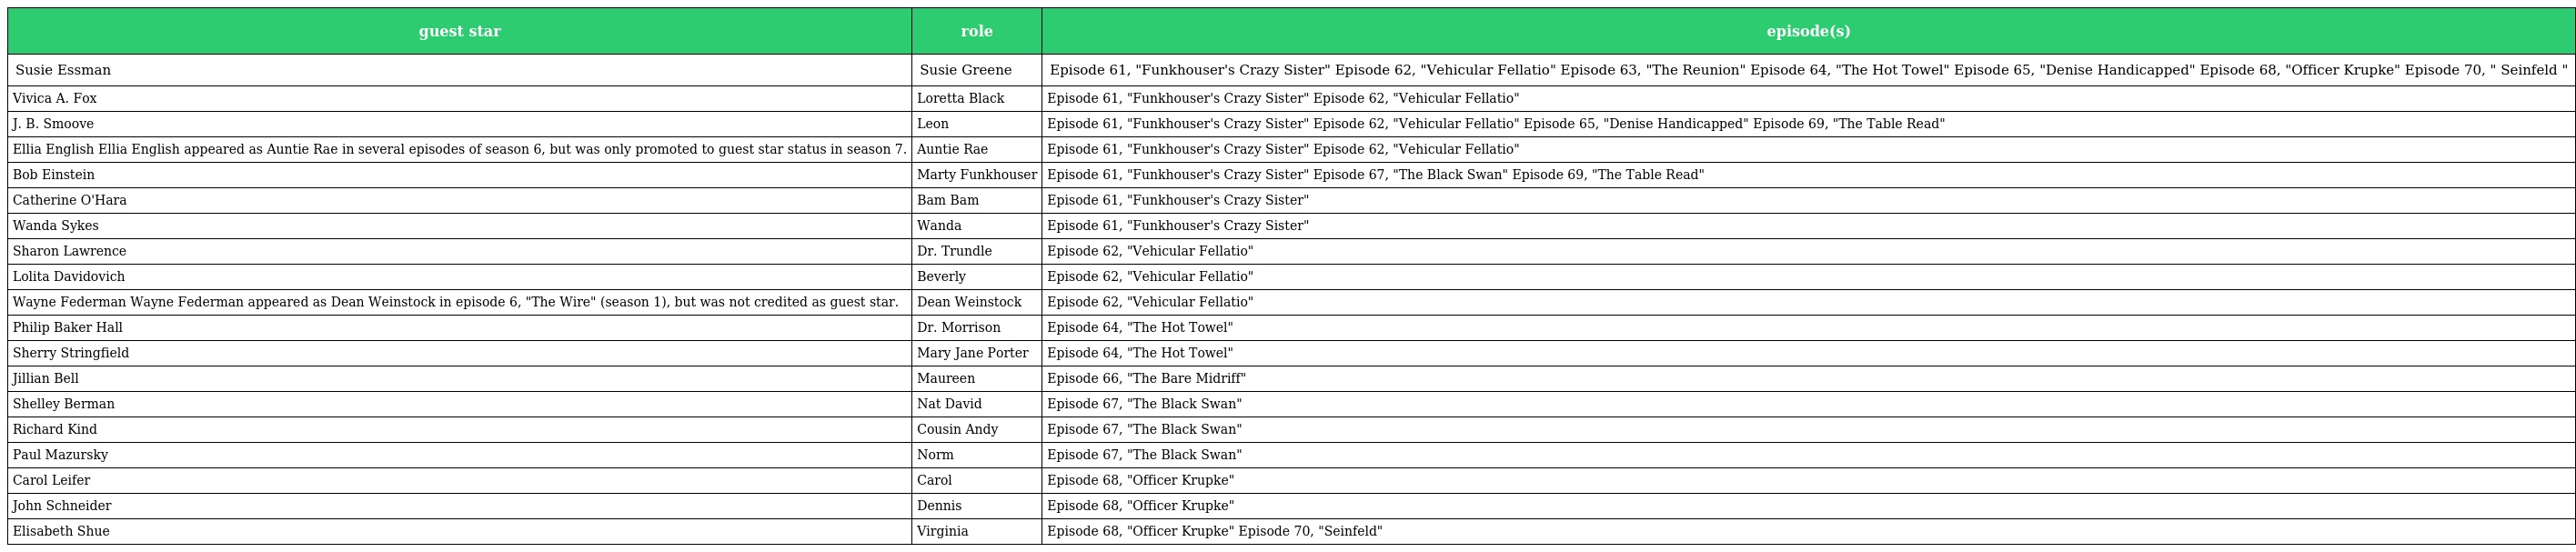
| guest star | role | episode(s) |
 | --- | --- | --- |
 | Susie Essman | Susie Greene | Episode 61, "Funkhouser's Crazy Sister" Episode 62, "Vehicular Fellatio" Episode 63, "The Reunion" Episode 64, "The Hot Towel" Episode 65, "Denise Handicapped" Episode 68, "Officer Krupke" Episode 70, " Seinfeld " |
 | Vivica A. Fox | Loretta Black | Episode 61, "Funkhouser's Crazy Sister" Episode 62, "Vehicular Fellatio" |
 | J. B. Smoove | Leon | Episode 61, "Funkhouser's Crazy Sister" Episode 62, "Vehicular Fellatio" Episode 65, "Denise Handicapped" Episode 69, "The Table Read" |
 | Ellia English Ellia English appeared as Auntie Rae in several episodes of season 6, but was only promoted to guest star status in season 7. | Auntie Rae | Episode 61, "Funkhouser's Crazy Sister" Episode 62, "Vehicular Fellatio" |
 | Bob Einstein | Marty Funkhouser | Episode 61, "Funkhouser's Crazy Sister" Episode 67, "The Black Swan" Episode 69, "The Table Read" |
 | Catherine O'Hara | Bam Bam | Episode 61, "Funkhouser's Crazy Sister" |
 | Wanda Sykes | Wanda | Episode 61, "Funkhouser's Crazy Sister" |
 | Sharon Lawrence | Dr. Trundle | Episode 62, "Vehicular Fellatio" |
 | Lolita Davidovich | Beverly | Episode 62, "Vehicular Fellatio" |
 | Wayne Federman Wayne Federman appeared as Dean Weinstock in episode 6, "The Wire" (season 1), but was not credited as guest star. | Dean Weinstock | Episode 62, "Vehicular Fellatio" |
 | Philip Baker Hall | Dr. Morrison | Episode 64, "The Hot Towel" |
 | Sherry Stringfield | Mary Jane Porter | Episode 64, "The Hot Towel" |
 | Jillian Bell | Maureen | Episode 66, "The Bare Midriff" |
 | Shelley Berman | Nat David | Episode 67, "The Black Swan" |
 | Richard Kind | Cousin Andy | Episode 67, "The Black Swan" |
 | Paul Mazursky | Norm | Episode 67, "The Black Swan" |
 | Carol Leifer | Carol | Episode 68, "Officer Krupke" |
 | John Schneider | Dennis | Episode 68, "Officer Krupke" |
 | Elisabeth Shue | Virginia | Episode 68, "Officer Krupke" Episode 70, "Seinfeld" |